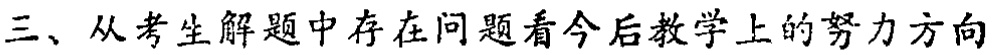
三、从考生解题中存在问题看今后教学上的努力方向